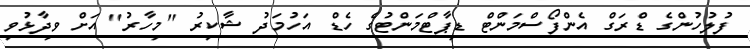
ފުލުހުންގެ ޑްރަގް އެންފޯސްމަންޓް ޑިޕާޓްމަންޓުގެ ހެޑް އަހުމަދު ޝާކިރު "މިހާރު" އަށް ވިދާޅުވި